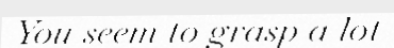
You seem to grasp a lot